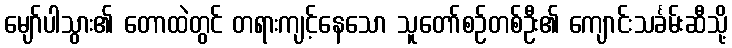
မျော်ပါသွား၏ တောထဲတွင် တရားကျင့်နေသော သူတော်စဉ်တစ်ဦး၏ ကျောင်းသင်္ခမ်းဆီသို့